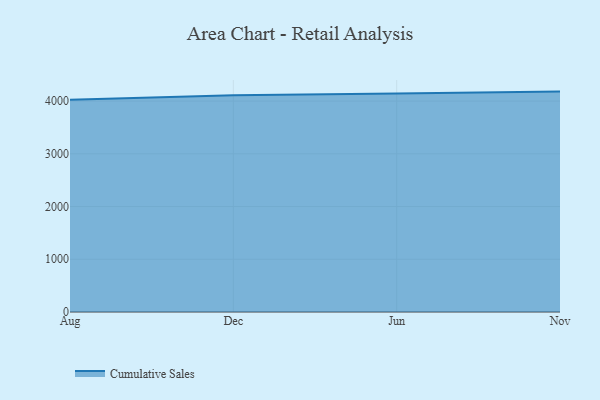
{"axis": {"x": "Month", "y": "Backlog"}, "legend": ["Cumulative Sales"], "data": [{"x": "Aug", "y": 4023.8, "type": "Cumulative Sales"}, {"x": "Dec", "y": 4110.8, "type": "Cumulative Sales"}, {"x": "Jun", "y": 4143.0, "type": "Cumulative Sales"}, {"x": "Nov", "y": 4180.6, "type": "Cumulative Sales"}]}